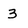
Character: 3